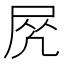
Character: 𡱲